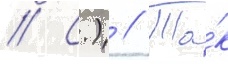
// С.) // Та́к